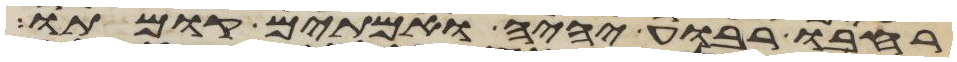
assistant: רחבו רבוע יהיה ואמתים קומתו